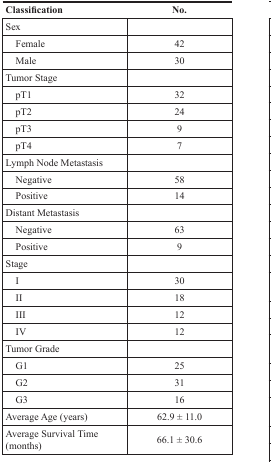
<table><thead><tr><td><b>Classification</b></td><td><b>No.</b></td></tr></thead><tbody><tr><td>Sex</td><td></td></tr><tr><td> Female</td><td>42</td></tr><tr><td> Male</td><td>30</td></tr><tr><td>Tumor Stage</td><td></td></tr><tr><td> pT1</td><td>32</td></tr><tr><td> pT2</td><td>24</td></tr><tr><td> pT3</td><td>9</td></tr><tr><td> pT4</td><td>7</td></tr><tr><td>Lymph Node Metastasis</td><td></td></tr><tr><td> Negative</td><td>58</td></tr><tr><td> Positive</td><td>14</td></tr><tr><td>Distant Metastasis</td><td></td></tr><tr><td> Negative</td><td>63</td></tr><tr><td> Positive</td><td>9</td></tr><tr><td>Stage</td><td></td></tr><tr><td> I</td><td>30</td></tr><tr><td> II</td><td>18</td></tr><tr><td> III</td><td>12</td></tr><tr><td> IV</td><td>12</td></tr><tr><td>Tumor Grade</td><td></td></tr><tr><td> G1</td><td>25</td></tr><tr><td> G2</td><td>31</td></tr><tr><td> G3</td><td>16</td></tr><tr><td>Average Age (years)</td><td>62.9 ± 11.0</td></tr><tr><td>Average Survival Time (months)</td><td>66.1 ± 30.6</td></tr></tbody></table>